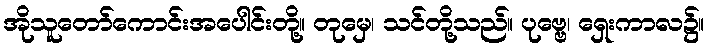
အိုသူတော်ကောင်းအပေါင်းတို့။ တုမှေ၊ သင်တို့သည်။ ပုဗ္ဗေ၊ ရှေးကာလ၌။